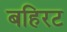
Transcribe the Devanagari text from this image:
बहिरट